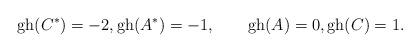
LaTeX: \begin{gather*}\operatorname{gh}(C^\ast)=-2 ,\operatorname{gh}(A^\ast)=-1 , \qquad\operatorname{gh}(A)=0 ,\operatorname{gh}(C)=1 .\end{gather*}